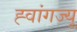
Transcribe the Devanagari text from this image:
ह्वांगज्यू